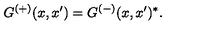
G ^ { ( + ) } ( x , x ^ { \prime } ) = G ^ { ( - ) } ( x , x ^ { \prime } ) ^ { * } .